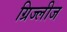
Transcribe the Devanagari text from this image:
ग्रिज्लीज